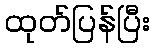
ထုတ်ပြန်ပြီး